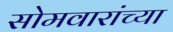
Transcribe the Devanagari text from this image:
सोमवारांच्या